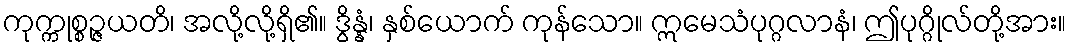
ကုက္ကုစ္စဉ္ဇယတိ၊ အလို့လို့ရှိ၏။ ဒွိန္နံ၊ နှစ်ယောက် ကုန်သော။ ဣမေသံပုဂ္ဂလာနံ၊ ဤပုဂ္ဂိုလ်တို့အား။